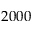
2 0 0 0